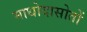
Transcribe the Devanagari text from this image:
माधोदासोतों